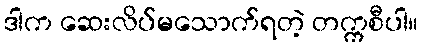
ဒါက ဆေးလိပ်မသောက်ရတဲ့ တက္ကစီပါ။